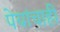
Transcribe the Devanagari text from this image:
पेयांचाही